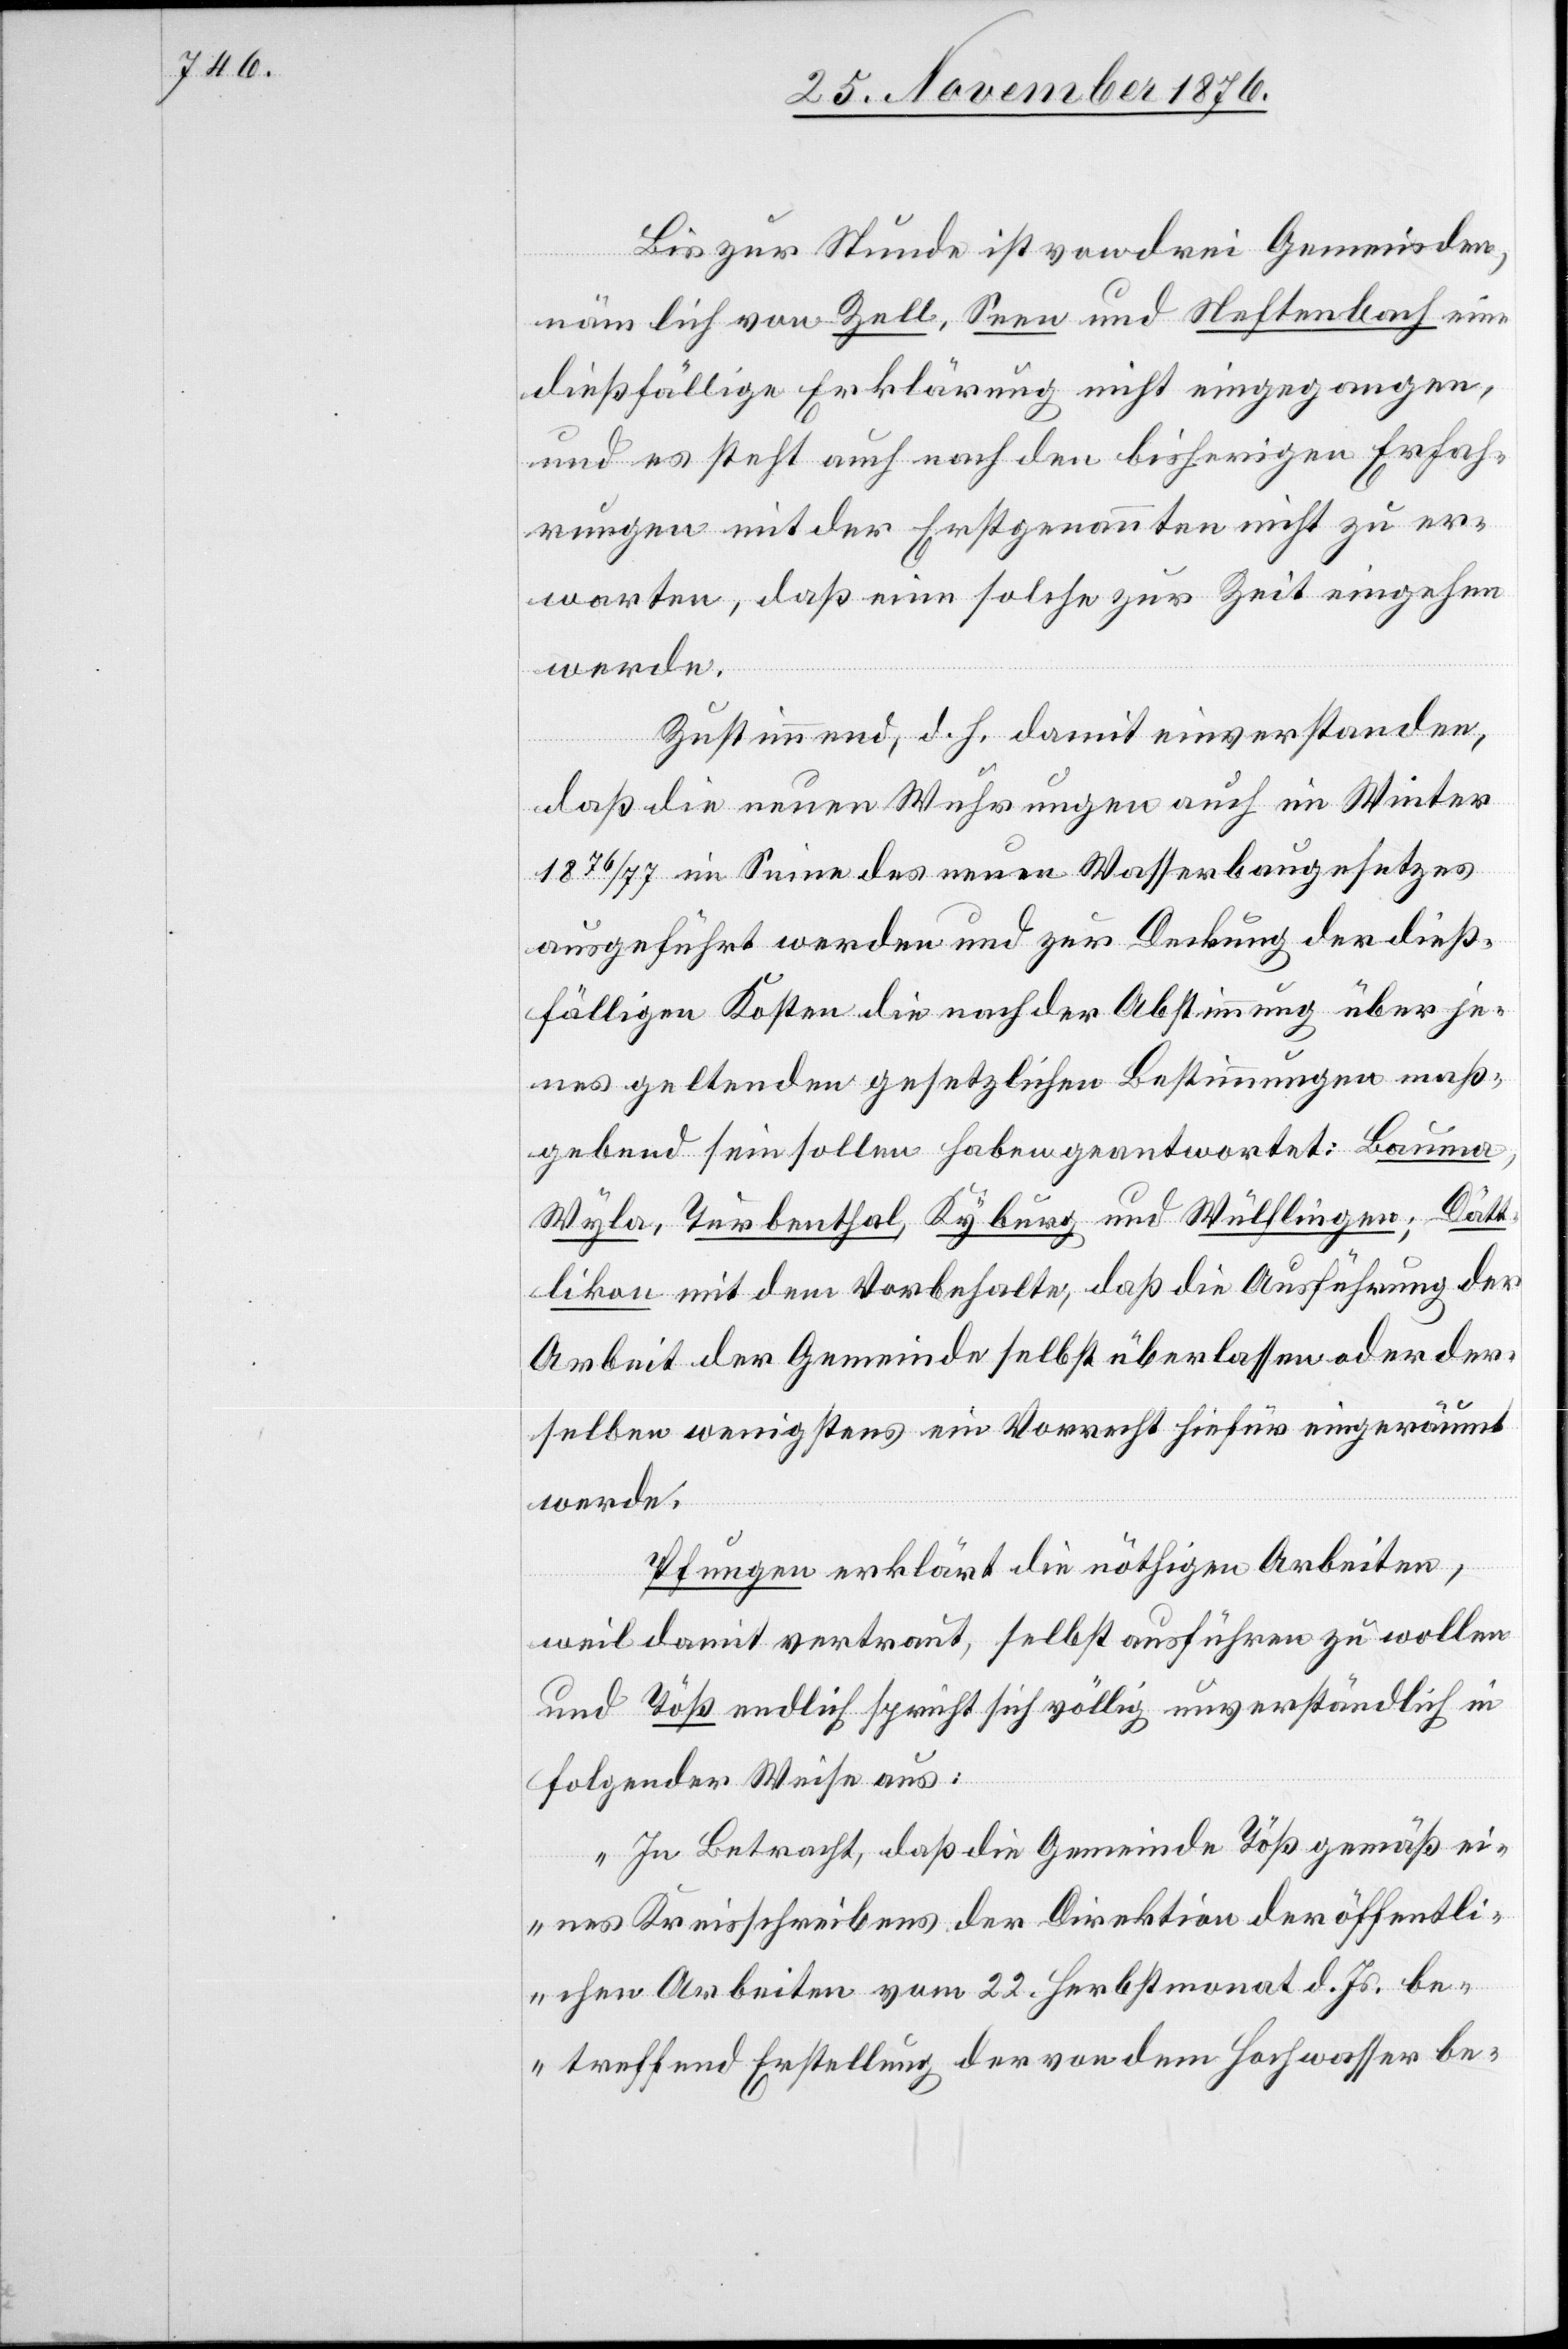
Bis zur Stunde ist von drei Gemeinden,
nämlich von Zell, Seen und Neftenbach eine
dießfällige Erklärung nicht eingegangen,
und es steht auch nach den bisherigen Erfah¬
rungen mit der Erstgenannten nicht zu er¬
warten, daß eine solche zur Zeit eingehen
werde.
Zustimmend, d. h. damit einverstanden,
daß die neuen Wuhrungen auch im Winter
1876/77 im Sinne des neuen Wasserbaugesetzes
ausgeführt werden und zur Deckung der dieß¬
fälligen Kosten die nach der Abstimmung über je¬
nes geltenden gesetzlichen Bestimmungen maß¬
gebend sein sollen haben geantwortet: Bauma,
Wyla, Turbenthal, Kyburg und Wülflingen; Dätt¬
likon mit dem Vorbehalte, daß die Ausführung der
Arbeit der Gemeinde selbst überlassen oder der¬
selben wenigstens ein Vorrecht hiefür eingeräumt
werde.
Pfungen erklärt die nöthigen Arbeiten,
weil damit vertraut, selbst ausführen zu wollen
und Töß endlich spricht sich völlig unverständlich in
folgender Weise au:
„In Betracht, daß die Gemeinde Töß gemäß ei¬
nes Kreisschreibens der Direktion der öffentli¬
chen Arbeiten vom 22 Herbstmonat d. Js. be¬
streffend Erstellung der von dem Hochwasser be-